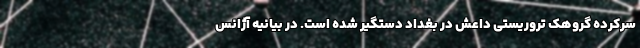
سرکرده گروهک تروریستی داعش در بغداد دستگیر شده است. در بیانیه آژانس